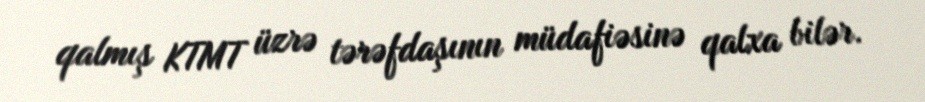
qalmış KTMT üzrə tərəfdaşının müdafiəsinə qalxa bilər.